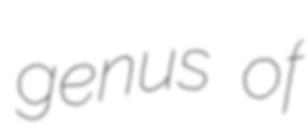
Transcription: genus of